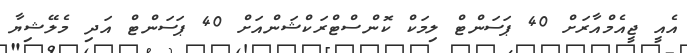
އެއީ ޖީއެމްއާރަށް 40 ޕަސަންޓް ލިމަކް ކޮންސްޓްރަކްޝަންއަށް 40 ޕަސަންޓް އަދި މެލޭޝިޔާ